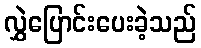
လွှဲပြောင်းပေးခဲ့သည်